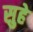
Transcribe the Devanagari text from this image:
सुहे